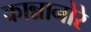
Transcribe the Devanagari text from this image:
कान्नानोरे